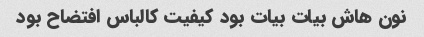
نون هاش بیات بیات بود کیفیت کالباس افتضاح بود